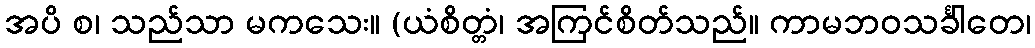
အပိ စ၊ သည်သာ မကသေး။ (ယံစိတ္တံ၊ အကြင်စိတ်သည်။ ကာမဘဝသင်္ခါတေ၊